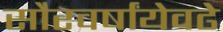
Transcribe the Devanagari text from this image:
सौरवर्षांयेवढे